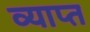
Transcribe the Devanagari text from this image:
व्याप्‍त